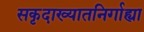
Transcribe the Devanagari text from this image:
सकृदाख्यातनिर्गाह्या